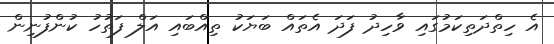
އެ ހިތްދަތިކަމުގައި ވާހިދު ފަދަ އެތައް ބަޔަކު ތިއްބައި އަލް ފަތުހު ކުންފުނިން